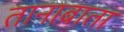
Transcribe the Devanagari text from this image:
तानाबाता